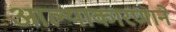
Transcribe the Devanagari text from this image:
आल्याकारणाने